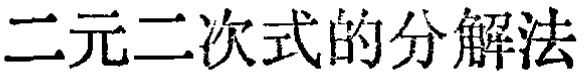
二元二次式的分解法